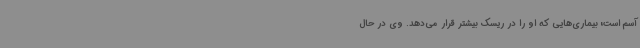
آسم است؛ بیماری‌هایی که او را در ریسک بیشتر قرار می‌دهد. وی در حال